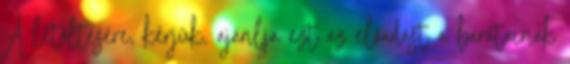
A letöltésére, kérjük, ajánlja ezt az előadást a barátainak